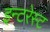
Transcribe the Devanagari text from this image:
इन्टरेस्ट